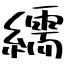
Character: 繻